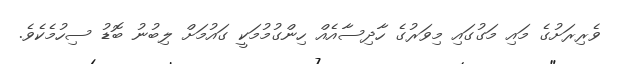
ވެރިރަށުގެ މައި މަގުގައި މިވަރުގެ ހާދިސާއެއް ހިންގުމުމަކީ ގައުމަށް ލިބުނު ބޮޑު ސިހުމެކެވެ.